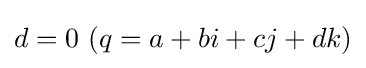
d=0\ (q=a+bi+cj+dk)